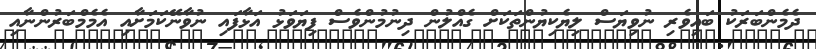
ދެމެންބަރަކު ބައިވެރި ނުވިޔަސް ލިޔެކިޔުންތަކަށް ގެއްލުން ދިނުމުންވެސް ފިޔަވަޅު އަޅާފައި ނުވާނޭކަމަށާއި އެމެމްބަރުންނާއި